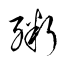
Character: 粥